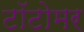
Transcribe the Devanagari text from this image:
टॉटोमर